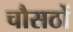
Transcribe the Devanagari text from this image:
चौसठों